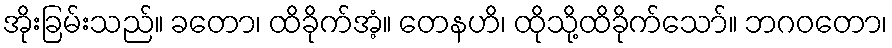
အိုးခြမ်းသည်။ ခတော၊ ထိခိုက်အံ့။ တေနဟိ၊ ထိုသို့ထိခိုက်သော်။ ဘဂဝတော၊